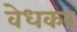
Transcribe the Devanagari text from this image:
वेधकर